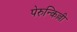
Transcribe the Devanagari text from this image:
पेरुन्किल्ली